system: You are a helpful assistant.
user:
Analyze the provided spectrum to determine if it is a **S-type Star**.

- **Key Indicators for S-type Star:**

    - **(Overall Spectrum Shape):** The first and most obvious characteristic is the overall continuum (the "baseline" shape). It is **extremely "red-sloping,"** meaning the flux (light intensity) is very low on the left side (blue, ~4000-4500 Å) and rises steeply and continuously toward the right side (red, ~7000 Å+).

    - **(Primary):** The spectrum is defined by the presence of strong, broad molecular absorption "valleys" (bands) from **Zirconium Oxide (ZrO)**. The identification of these bands is the **primary requirement** for classifying a star as S-type.
        - **(Key Bandheads):** You must find distinct, deep "dips" where the light has been absorbed. The most critical band systems to locate are:
            - **~6474 Å** ($\gamma$-system): This is often the strongest and clearest ZrO feature, found in the red part of the spectrum.
            - **~5718 Å** & **~5551 Å** ($\beta$-system): A pair of prominent absorption features in the yellow-orange part of the spectrum.
            - **~4640 Å** ($\alpha$-system): A key absorption band system in the blue-green region of the spectrum.

    - **(Secondary Confirmation):** The classification is strengthened by finding additional absorption bands from other related heavy element oxides, which are expected to be present alongside ZrO.
        - **(Key Bandheads):**
            - **Yttrium Oxide (YO):** Look for absorption dips near **~4800 Å** and **~6100 Å**.
            - **Lanthanum Oxide (LaO):** Additional absorption features, particularly in the red-orange part of the spectrum, are also characteristic.

    - **(Line Profile):** The combination of the steep red continuum and these numerous, deep molecular bands (ZrO, YO, etc.) gives the entire spectrum a very **"chopped-up"** or **"bumpy"** appearance. Instead of a smooth curve, the spectrum looks as though large, wide chunks of light have been "carved out" of it at the specific wavelengths listed above.

Think first, call **spectral_visualization_tool** if needed to examine features in detail, then provide your final answer. Your response must adhere to the following strict rules:
1.  **Overall Structure:** Your response must follow the format `<think>...</think> <tool_call>...</tool_call> (if a tool is used) <answer>...</answer>`.
2.  **Tool Usage Constraint:** You may only make **one** tool call per turn.
3.  **Final Answer Format:** In the `<answer>` tag, your conclusion must be inside a `\boxed{}` command (e.g., `\boxed{YES}` or `\boxed{NO}`), followed by your justification.

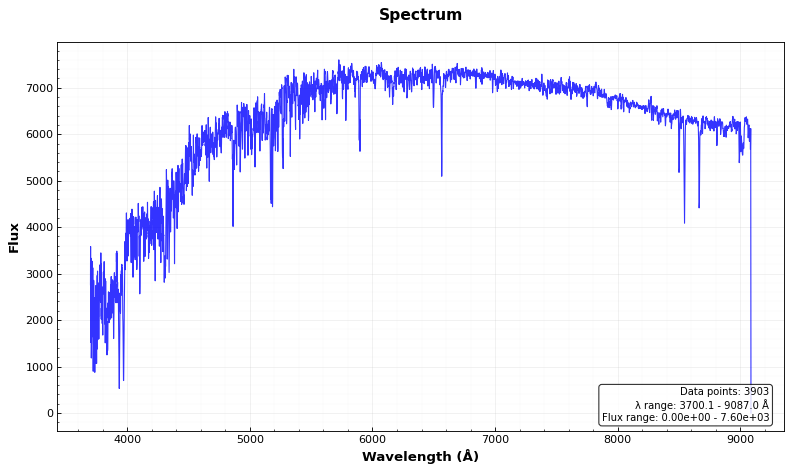
Answer: NO